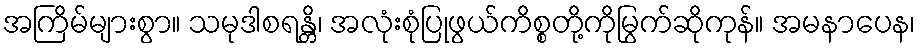
အကြိမ်များစွာ။ သမုဒါစရန္တိ၊ အလုံးစုံပြုဖွယ်ကိစ္စတို့ကိုမြွက်ဆိုကုန်။ အမနာပေန၊